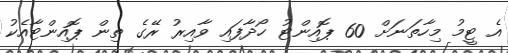
އެ ޓީމު މިހާތަނަށް 60 ޕޮއިންޓު ހޯދާފައި ވާއިރު ރޭގެ ތިން ޕޮއިންޓާއެކު